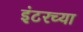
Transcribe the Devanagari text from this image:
इंटरच्या